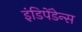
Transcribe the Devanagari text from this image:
इंडिपेंडेन्स